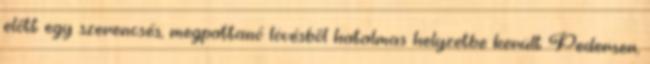
előtt egy szerencsés, megpattanó lövésből hatalmas helyzetbe került Pedersen,